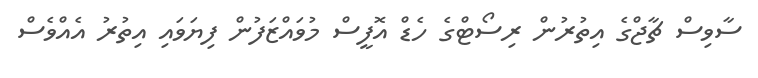
ސާވިސް ޗާޖްގެ އިތުރުން ރިސޯޓްގެ ހެޑް އޮފީސް މުވައްޒަފުން ފިޔަވައި އިތުރު އެއްވެސް